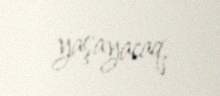
yaşayacaq.